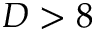
D > 8